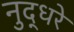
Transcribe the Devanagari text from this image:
नुद्धरे